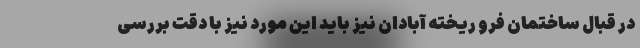
در قبال ساختمان فرو ریخته آبادان نیز باید این مورد نیز با دقت بررسی